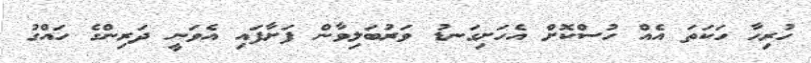
ހުރިހާ ހަކަތަ އެއް ހުސްކޮށް އެހަށިގަނޑު ވަރުބަލިވާން ފަށާފައި އެވަނީ ދަރިންގެ ހައްގު